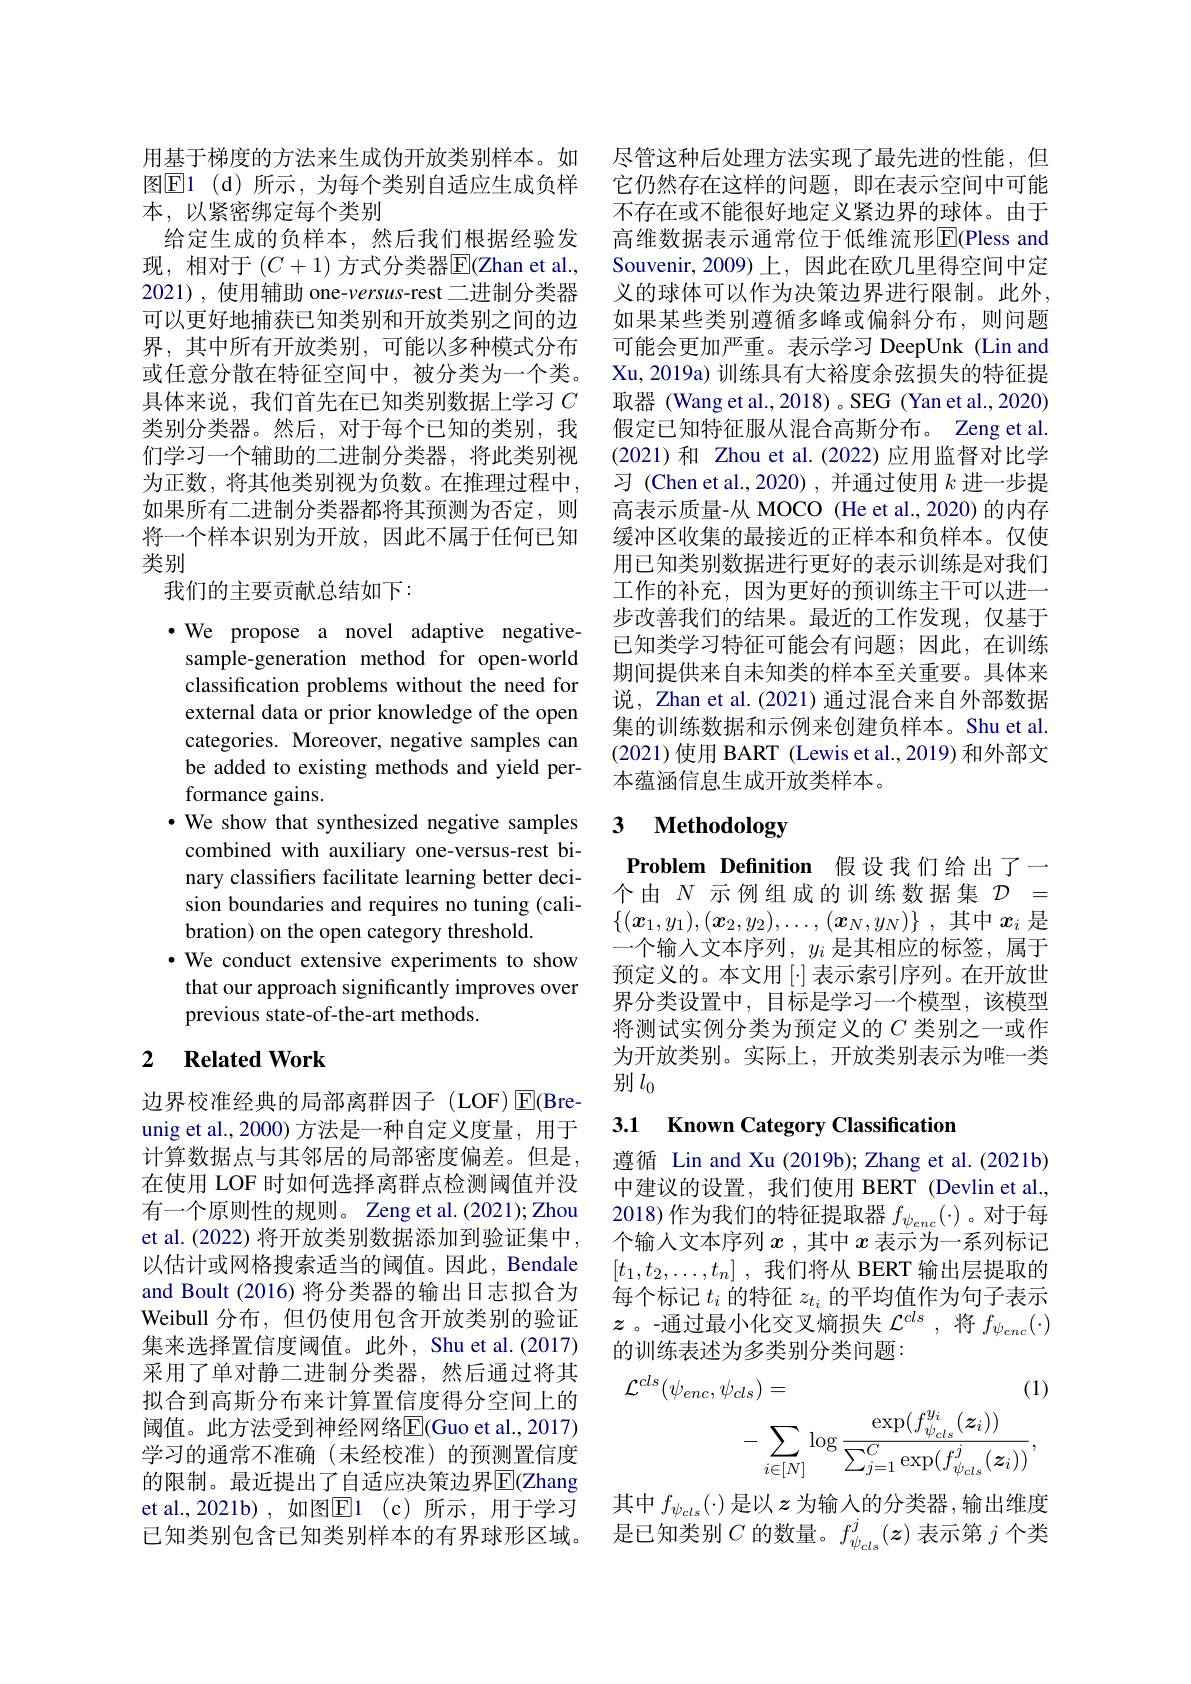
用基于梯度的方法来生成伪开放类别样本。如图$\underline{\mathrm{E}}$1(d)所示，为每个类别自适应生成负样本，以紧密绑定每个类别
给定生成的负样本，然后我们根据经验发现，相对于 $(C+1)$ 方式分类器$\overline{\mathrm{E}}($Zhan et al., 2021), 使用辅助 one-versus-rest二进制分类器可以更好地捕获已知类别和开放类别之间的边界，其中所有开放类别，可能以多种模式分布或任意分散在特征空间中，被分类为一个类。具体来说，我们首先在已知类别数据上学习$C$ 类别分类器。然后，对于每个已知的类别，我们学习一个辅助的二进制分类器，将此类别视为正数，将其他类别视为负数。在推理过程中， 如果所有二进制分类器都将其预测为否定，则将一个样本识别为开放，因此不属于任何已知类别
我们的主要贡献总结如下：

·We propose a novel adaptive negativesample-generation method for open-world classification problems without the need for external data or prior knowledge of the open categories. Moreover, negative samples can be added to existing methods and yield performance gains.
$\cdot$ We show that synthesized negative samples combined with auxiliary one-versus-rest binary classifers facilitate learning better decision boundaries and requires no tuning (calibration) on the open category threshold.
·We conduct extensive experiments to show that our approach significantly improves over previous state-of-the-art methods.

## 2 $\textbf{Related Work}$

边界校准经典的局部离群因子(LOF)☑(Breunig et al., 2000) 方法是一种自定义度量，用于计算数据点与其邻居的局部密度偏差。但是， 在使用 LOF 时如何选择离群点检测阈值并没有一个原则性的规则。Zeng et al.(2021); Zhou et al. (2022) 将开放类别数据添加到验证集中， 以估计或网格搜索适当的阈值。因此，Bendale and Boult (2016) 将分类器的输出日志拟合为Weibull 分布，但仍使用包含开放类别的验证集来选择置信度阈值。此外，Shu et al.(2017) 采用了单对静二进制分类器，然后通过将其拟合到高斯分布来计算置信度得分空间上的阈值。此方法受到神经网络$\overline{\mathrm{E}}($Guo et al.,2017) 学习的通常不准确(未经校准)的预测置信度的限制。最近提出了自适应决策边界$\overline{\mathrm{E}}$(Zhang et al.,2021b),如图$\boxed{\mathrm{E} }1$ (c)所示，用于学习已知类别包含已知类别样本的有界球形区域。是已知类别$C$的数量。$f_\psi_{cls}^j(z)$表示第$j$个类

尽管这种后处理方法实现了最先进的性能，但它仍然存在这样的问题，即在表示空间中可能不存在或不能很好地定义紧边界的球体。由于高维数据表示通常位于低维流形$\overline{\mathrm{E}}($Pless and Souvenir,2009)上，因此在欧几里得空间中定义的球体可以作为决策边界进行限制。此外， 如果某些类别遵循多峰或偏斜分布，则问题可能会更加严重。表示学习 DeepUnk (Lin and Xu, 2019a) 训练具有大裕度余弦损失的特征提取器 (Wang et al., 2018) 。SEG (Yan et al., 2020) 假定已知特征服从混合高斯分布。Zeng et al. (2021)和 Zhou et al.(2022)应用监督对比学习 (Chen et al.,2020),并通过使用$k$进一步提高表示质量-从 MOCO (He et al.,2020) 的内存缓冲区收集的最接近的正样本和负样本。仅使用已知类别数据进行更好的表示训练是对我们工作的补充，因为更好的预训练主干可以进一步改善我们的结果。最近的工作发现，仅基于已知类学习特征可能会有问题；因此，在训练期间提供来自未知类的样本至关重要。具体来说，Zhan et al.(2021) 通过混合来自外部数据集的训练数据和示例来创建负样本。Shu et al. (2021)使用 BART (Lewis et al.,2019) 和外部文本蕴涵信息生成开放类样本。

# 3 Methodology

Problem Definition 假设我们给出了一个由$N$示例组成的训练数据集$\mathcal{D}=$ $\{ ( \boldsymbol{x}_1, y_1) , ( \boldsymbol{x}_2, y_2) , \ldots , ( \boldsymbol{x}_N, y_N) \}$ ,其中$x_i$是
一个输入文本序列，$y_i$是其相应的标签，属于预定义的。本文用 [·] 表示索引序列。在开放世界分类设置中，目标是学习一个模型，该模型将测试实例分类为预定义的$C$类别之一或作为开放类别。实际上，开放类别表示为唯一类别$l_0$

## 3.1 Known Category Classification

遵循 Lin and Xu (2019b); Zhang et al.(2021b) 中建议的设置，我们使用 BERT (Devlin et al., 2018) 作为我们的特征提取器$f_{\psi_{enc}}(\cdot)$ 。对于每个输人文本序列$x$ ,其中$x$表示为一系列标记$[t_1,t_2,\ldots,t_n]$ ,我们将从 BERT 输出层提取的每个标记$t_i$的特征$z_t_i$的平均值作为句子表示$z$ 。-通过最小化交叉熵损失$\mathcal{L}^cls$ ,将$f_\psi_{enc}(\cdot)$ 的训练表述为多类别分类问题：
$$\begin{aligned}\mathcal{L}^{cls}(\psi_{enc},\psi_{cls})&=&(1)\\&-\sum_{i\in[N]}\log\frac{\exp(f_{\psi_{cls}}^{y_{i}}(\boldsymbol{z}_{i}))}{\sum_{j=1}^{C}\exp(f_{\psi_{cls}}^{j}(\boldsymbol{z}_{i}))},\end{aligned}$$
其中$f_{\psi_{cls}}(\cdot)$是以$z$为输入的分类器 ,输出维度